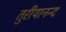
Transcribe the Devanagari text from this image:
तुरीयानन्द